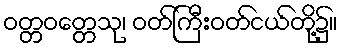
ဝတ္တဝတ္တေသု၊ ဝတ်ကြီးဝတ်ငယ်တို့၌။